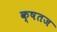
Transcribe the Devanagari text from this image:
क्षतज